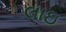
લાઇ